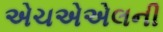
એચએએલની